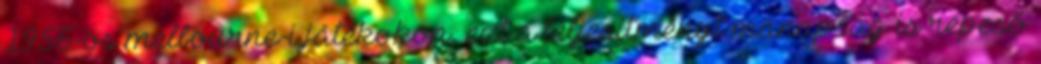
1956-os melbourne-i játékokon, ezt a teljesítményt manapság is repeső